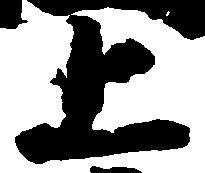
上